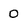
Character: 0